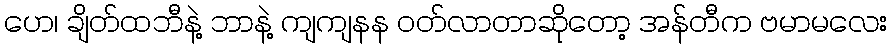
ဟေ၊ ချိတ်ထဘီနဲ့ ဘာနဲ့ ကျကျနန ဝတ်လာတာဆိုတော့ အန်တီက ဗမာမလေး